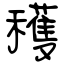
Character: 穫